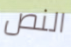
النص